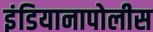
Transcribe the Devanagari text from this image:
इंडियानापोलीस